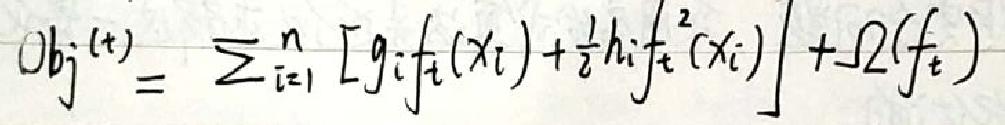
\[
Obj^{(t)}=\sum_{i = 1}^{n}\left[g_{i}f_{t}(x_{i})+\frac{1}{2}h_{i}f_{t}^{2}(x_{i})\right]+\Omega(f_{t})
\]